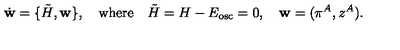
\dot { \bf w } = \{ { \tilde { H } } , { \bf w } \} , \quad \mathrm { w h e r e } \quad { \tilde { H } } = H - E _ { \mathrm { o s c } } = 0 , \quad { \bf w } = ( \pi ^ { A } , z ^ { A } ) .